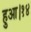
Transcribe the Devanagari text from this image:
हुआ।१४